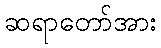
ဆရာတော်အား